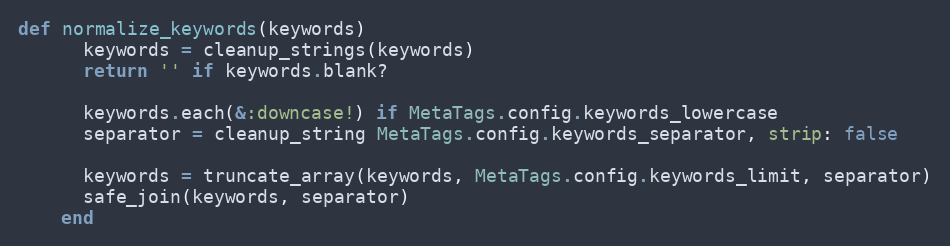
Language: Ruby
def normalize_keywords(keywords)
      keywords = cleanup_strings(keywords)
      return '' if keywords.blank?

      keywords.each(&:downcase!) if MetaTags.config.keywords_lowercase
      separator = cleanup_string MetaTags.config.keywords_separator, strip: false

      keywords = truncate_array(keywords, MetaTags.config.keywords_limit, separator)
      safe_join(keywords, separator)
    end